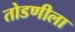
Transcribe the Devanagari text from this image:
तोडणीला